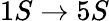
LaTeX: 1S\rightarrow 5S